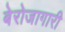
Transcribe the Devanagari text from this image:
बेरोजागारी